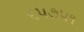
૬૫૭૫૧